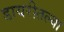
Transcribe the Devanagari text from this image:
डायरीतल्या